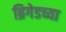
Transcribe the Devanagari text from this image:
ब्रिगेडच्या